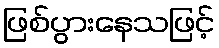
ဖြစ်ပွားနေသဖြင့်